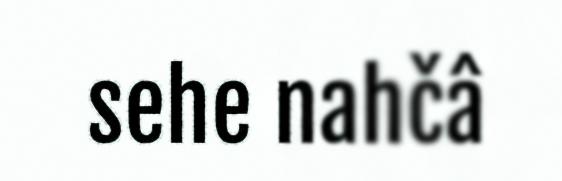
sehe nahčâ